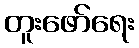
တူးဖော်ရေး